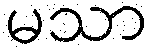
မသာ